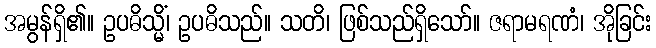
အမွန်ရှိ၏။ ဥပဓိသ္မိံ၊ ဥပဓိသည်။ သတိ၊ ဖြစ်သည်ရှိသော်။ ဇရာမရဏံ၊ အိုခြင်း